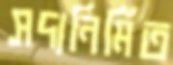
সদ্যনির্মিত